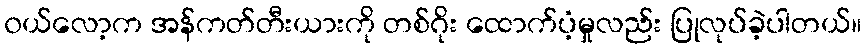
၀ယ်လော့က အန်ကတ်တီးယားကို တစ်ဂိုး ထောက်ပံ့မှုလည်း ပြုလုပ်ခဲ့ပါတယ်။